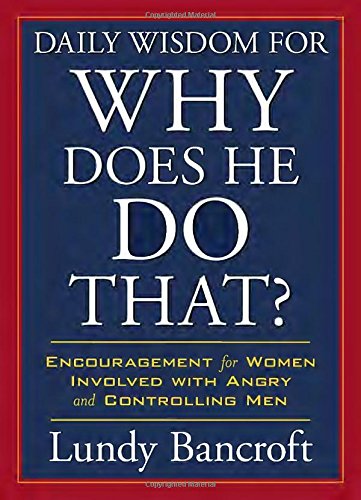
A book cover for Daily Wisdom for Why Does He Do That?: Encouragement for Women Involved with Angry and Controlling Men; Lundy Bancroft; Parenting & Relationships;